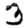
Digit: 3